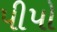
પીપો